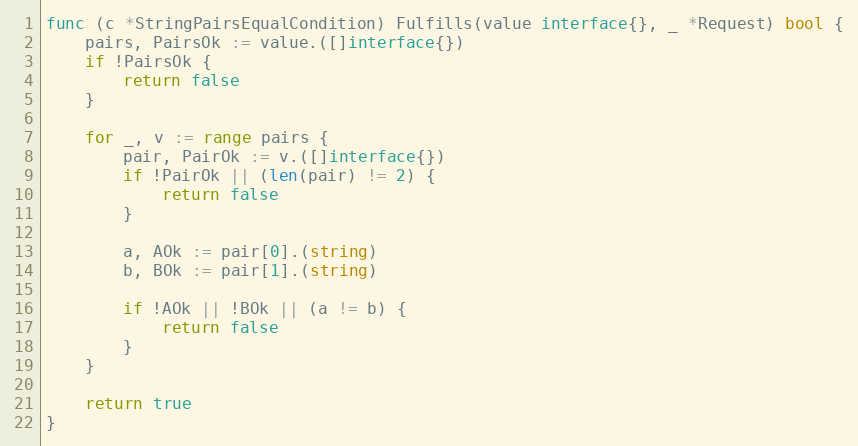
Language: Go
func (c *StringPairsEqualCondition) Fulfills(value interface{}, _ *Request) bool {
	pairs, PairsOk := value.([]interface{})
	if !PairsOk {
		return false
	}

	for _, v := range pairs {
		pair, PairOk := v.([]interface{})
		if !PairOk || (len(pair) != 2) {
			return false
		}

		a, AOk := pair[0].(string)
		b, BOk := pair[1].(string)

		if !AOk || !BOk || (a != b) {
			return false
		}
	}

	return true
}